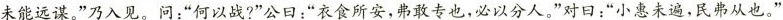
未能远谋。”乃入见。问：”何以战?”公曰：”衣食所安，弗敢专也，必以分人。”对曰：”小惠未遍，民弗从也。”